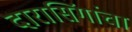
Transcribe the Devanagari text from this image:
दारासिंगांचा